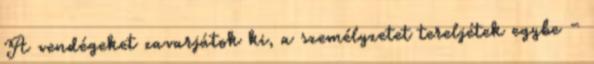
A vendégeket zavarjátok ki, a személyzetet tereljétek egybe –